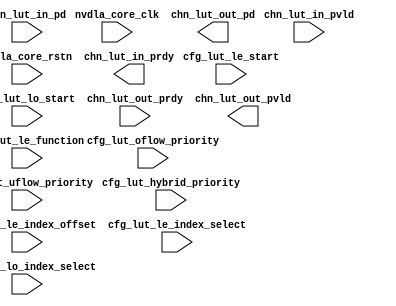
// ================================================================
// NVDLA Open Source Project
//
// Copyright(c) 2016 - 2017 NVIDIA Corporation. Licensed under the
// NVDLA Open Hardware License; Check "LICENSE" which comes with
// this distribution for more information.
// ================================================================
// ================================================================
// NVDLA Open Source Project
// 
// Copyright(c) 2016 - 2017 NVIDIA Corporation.  Licensed under the
// NVDLA Open Hardware License; Check "LICENSE" which comes with 
// this distribution for more information.
// ================================================================
module NV_NVDLA_SDP_HLS_Y_idx_top (
   cfg_lut_hybrid_priority //|< i
  ,cfg_lut_le_function //|< i
  ,cfg_lut_le_index_offset //|< i
  ,cfg_lut_le_index_select //|< i
  ,cfg_lut_le_start //|< i
  ,cfg_lut_lo_index_select //|< i
  ,cfg_lut_lo_start //|< i
  ,cfg_lut_oflow_priority //|< i
  ,cfg_lut_uflow_priority //|< i
  ,chn_lut_in_pd //|< i
  ,chn_lut_in_pvld //|< i
  ,chn_lut_out_prdy //|< i
  ,nvdla_core_clk //|< i
  ,nvdla_core_rstn //|< i
  ,chn_lut_in_prdy //|> o
  ,chn_lut_out_pd //|> o
  ,chn_lut_out_pvld //|> o
  );
input cfg_lut_hybrid_priority;
input cfg_lut_le_function;
input [7:0] cfg_lut_le_index_offset;
input [7:0] cfg_lut_le_index_select;
input [31:0] cfg_lut_le_start;
input [7:0] cfg_lut_lo_index_select;
input [31:0] cfg_lut_lo_start;
input cfg_lut_oflow_priority;
input cfg_lut_uflow_priority;
input [32*0 -1:0] chn_lut_in_pd;
input chn_lut_in_pvld;
input chn_lut_out_prdy;
output chn_lut_in_prdy;
output [81*0 -1:0] chn_lut_out_pd;
output chn_lut_out_pvld;
input nvdla_core_clk;
input nvdla_core_rstn;
//: my $k=0;
//: my $bx =0*35;
//: my $bof=0*(35+32);
//: my $buf=0*(35+32+1);
//: my $bsl=0*(35+32+2);
//: my $ba =0*(35+32+3);
//: my $beh=0*(35+32+12);
//: my $boh=0*(35+32+13);
//: foreach my $i (0..${k}-1) {
//: print qq(
//: wire chn_lut_in_prdy$i;
//: wire chn_lut_out_pvld$i;
//: wire [31:0] lut_data_in$i;
//: wire [8:0] lut_out_addr$i;
//: wire [34:0] lut_out_fraction$i;
//: wire lut_out_le_hit$i;
//: wire lut_out_lo_hit$i;
//: wire lut_out_oflow$i;
//: wire lut_out_sel$i;
//: wire lut_out_uflow$i;
//: wire [31:0] lut_out_x$i;
//: );
//: }
//:
//:
//: foreach my $i (0..${k}-1) {
//: print "assign  lut_data_in${i} = chn_lut_in_pd[32*${i}+31:32*${i}]; \n";
//: }
//:
//: foreach my $i (0..${k}-1) {
//: print qq(
//: NV_NVDLA_SDP_HLS_Y_int_idx y_int_idx_$i (
//: .cfg_lut_hybrid_priority (cfg_lut_hybrid_priority) //|< i
//: ,.cfg_lut_le_function (cfg_lut_le_function) //|< i
//: ,.cfg_lut_le_index_offset (cfg_lut_le_index_offset[7:0]) //|< i
//: ,.cfg_lut_le_index_select (cfg_lut_le_index_select[7:0]) //|< i
//: ,.cfg_lut_le_start (cfg_lut_le_start[31:0]) //|< i
//: ,.cfg_lut_lo_index_select (cfg_lut_lo_index_select[7:0]) //|< i
//: ,.cfg_lut_lo_start (cfg_lut_lo_start[31:0]) //|< i
//: ,.cfg_lut_oflow_priority (cfg_lut_oflow_priority) //|< i
//: ,.cfg_lut_uflow_priority (cfg_lut_uflow_priority) //|< i
//: ,.lut_data_in (lut_data_in${i}[31:0]) //|< w
//: ,.lut_in_pvld (chn_lut_in_pvld) //|< i
//: ,.lut_out_prdy (chn_lut_out_prdy) //|< i
//: ,.nvdla_core_clk (nvdla_core_clk) //|< i
//: ,.nvdla_core_rstn (nvdla_core_rstn) //|< i
//: ,.lut_in_prdy (chn_lut_in_prdy${i}) //|> w
//: ,.lut_out_frac (lut_out_fraction${i}[34:0]) //|> w
//: ,.lut_out_le_hit (lut_out_le_hit${i}) //|> w
//: ,.lut_out_lo_hit (lut_out_lo_hit${i}) //|> w
//: ,.lut_out_oflow (lut_out_oflow${i}) //|> w
//: ,.lut_out_pvld (chn_lut_out_pvld${i}) //|> w
//: ,.lut_out_ram_addr (lut_out_addr${i}[8:0]) //|> w
//: ,.lut_out_ram_sel (lut_out_sel${i}) //|> w
//: ,.lut_out_uflow (lut_out_uflow${i}) //|> w
//: ,.lut_out_x (lut_out_x${i}[31:0]) //|> w
//: );
//: );
//: }
//:
//:
//: foreach my $i (0..${k}-1) {
//: print "assign   chn_lut_out_pd[35*${i}+34:35*${i}] = lut_out_fraction${i}[34:0]; \n";
//: }
//: foreach my $i (0..${k}-1) {
//: print "assign   chn_lut_out_pd[32*${i}+31+${bx}:32*${i}+${bx}] = lut_out_x${i}[31:0]; \n";
//: }
//: foreach my $i (0..${k}-1) {
//: print "assign   chn_lut_out_pd[${i}+${bof}] = lut_out_oflow${i} ; \n";
//: }
//: foreach my $i (0..${k}-1) {
//: print "assign   chn_lut_out_pd[${i}+${buf}] = lut_out_uflow${i} ; \n";
//: }
//: foreach my $i (0..${k}-1) {
//: print "assign   chn_lut_out_pd[${i}+${bsl}] = lut_out_sel${i} ; \n";
//: }
//: foreach my $i (0..${k}-1) {
//: print "assign   chn_lut_out_pd[9*${i}+8+${ba}:9*${i}+${ba}] = lut_out_addr${i}[8:0]; \n";
//: }
//: foreach my $i (0..${k}-1) {
//: print "assign   chn_lut_out_pd[${i}+${beh}] = lut_out_le_hit${i} ; \n";
//: }
//: foreach my $i (0..${k}-1) {
//: print "assign   chn_lut_out_pd[${i}+${boh}] = lut_out_lo_hit${i} ; \n";
//: }
//:
//| eperl: generated_beg (DO NOT EDIT BELOW)

wire chn_lut_in_prdy0;
wire chn_lut_out_pvld0;

//| eperl: generated_end (DO NOT EDIT ABOVE)
assign chn_lut_in_prdy = chn_lut_in_prdy0;
assign chn_lut_out_pvld = chn_lut_out_pvld0;
endmodule // NV_NVDLA_SDP_HLS_Y_idx_top